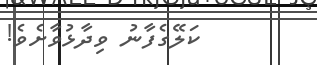
ކަލޭގެފާނު ވިދާޅުވާށެވެ!